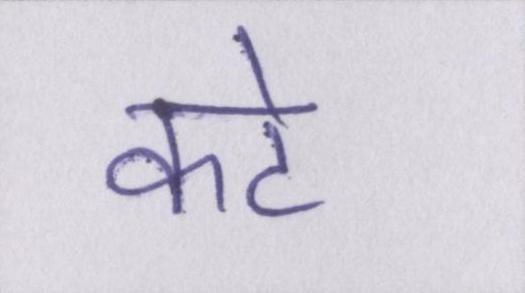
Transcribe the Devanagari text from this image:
कटे